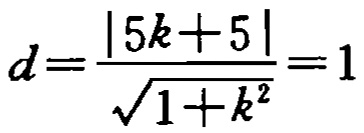
\[d=\frac{|5k + 5|}{\sqrt{1 + k^{2}}}=1\]